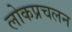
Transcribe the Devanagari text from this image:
लोकप्रचलन